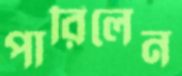
পারিলেন